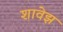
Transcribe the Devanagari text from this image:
शावेझ